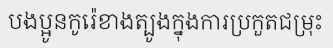
បងប្អូនកូរ៉េខាងត្បូងក្នុងការប្រកួតជម្រុះ